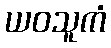
ယဝသူကံ